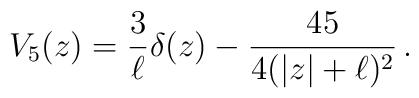
V_5(z)=\frac{3}{\ell} \delta(z) - \frac{45}{4(|z|+\ell)^2}\,.